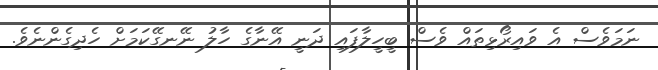
ނަމަވެސް އެ ވައިރޯޅިތައް ވެސް ބީހީލާފައި ދަނީ އޭނާގެ ހާލު ނޭނގޭކަމަށް ހެދިގެންނެވެ.